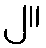
၂။